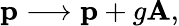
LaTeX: {\mathbf p}\longrightarrow{\mathbf p}+g{\mathbf A},